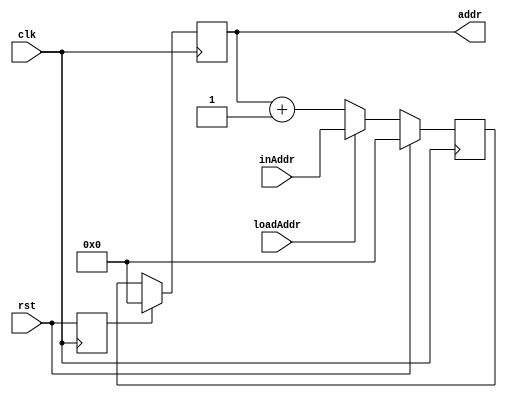
// ProgramCounter.v
// John Wilkes

module ProgramCounter(input clk, rst, loadAddr,
                      input [7:0] inAddr,
                      output reg [7:0] addr);

    reg internalRst;
    reg [7:0] nextAddr;

    always @(negedge clk) begin
        // external reset value will change at positive clock
        // edge, latch value at negative clock edge
        internalRst <= rst;

        if (rst) begin
            nextAddr <= 8'h00;
        end
        else begin
            if (loadAddr) begin
                nextAddr <= inAddr;
            end
            else begin
                nextAddr <= addr + 1;
            end
        end
    end

    always @(posedge clk) begin
        if (internalRst) begin
            // reset
            addr <= 8'h00;
        end
        else begin
            addr <= nextAddr;
        end
    end

endmodule